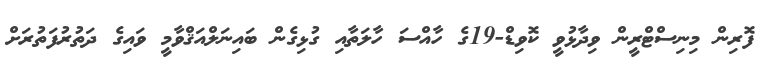
ފޮރިން މިނިސްޓްރީން ވިދާޅުވީ ކޮވިޑް-19ގެ ހާއްސަ ހާލަތާއި ގުޅިގެން ބައިނަލްއަޤްވާމީ ވައިގެ ދަތުރުފަތުރަށް